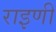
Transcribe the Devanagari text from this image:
राइणी